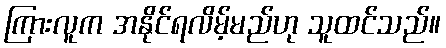
ကြားလူက အနိုင်ရလိမ့်မည်ဟု သူထင်သည်။